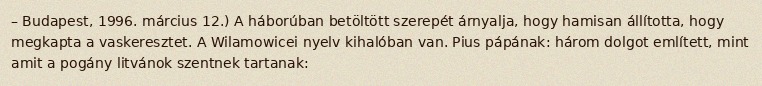
– Budapest, 1996. március 12.) A háborúban betöltött szerepét árnyalja, hogy hamisan állította, hogy megkapta a vaskeresztet. A Wilamowicei nyelv kihalóban van. Pius pápának: három dolgot említett, mint amit a pogány litvánok szentnek tartanak: